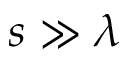
s \gg \lambda